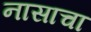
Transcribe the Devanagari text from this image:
नासाचा